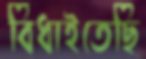
বিঁধাইতেছি